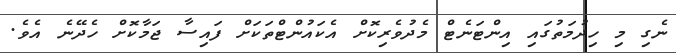
ނެގި މި ހިދުމަތުގައި އިންޓަނެޓް މެދުވެރިކޮށް އެކައުންޓްތަކަށް ފައިސާ ޖަމާކޮށް ހެދޭނެ އެވެ.